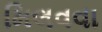
મિલવવા